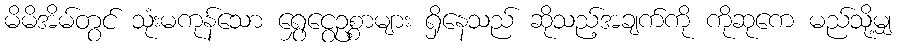
မိမိအိမ်တွင် သုံးမကုန်သော ရွှေငွေဥစ္စာများ ရှိနေသည် ဆိုသည့်အချက်ကို ကိုဆုကေ မည်သို့မျှ